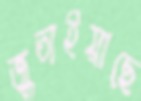
জুতাইয়াছে